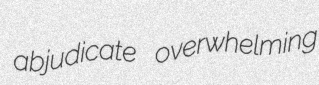
abjudicate overwhelming